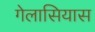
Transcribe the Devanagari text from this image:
गेलासियास